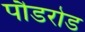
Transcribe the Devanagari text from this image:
पौडरोड